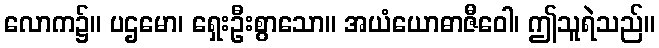
လောက၌။ ပဌမော၊ ရှေးဦးစွာသော။ အယံယောဓာဇီဝေါ၊ ဤသူရဲသည်။